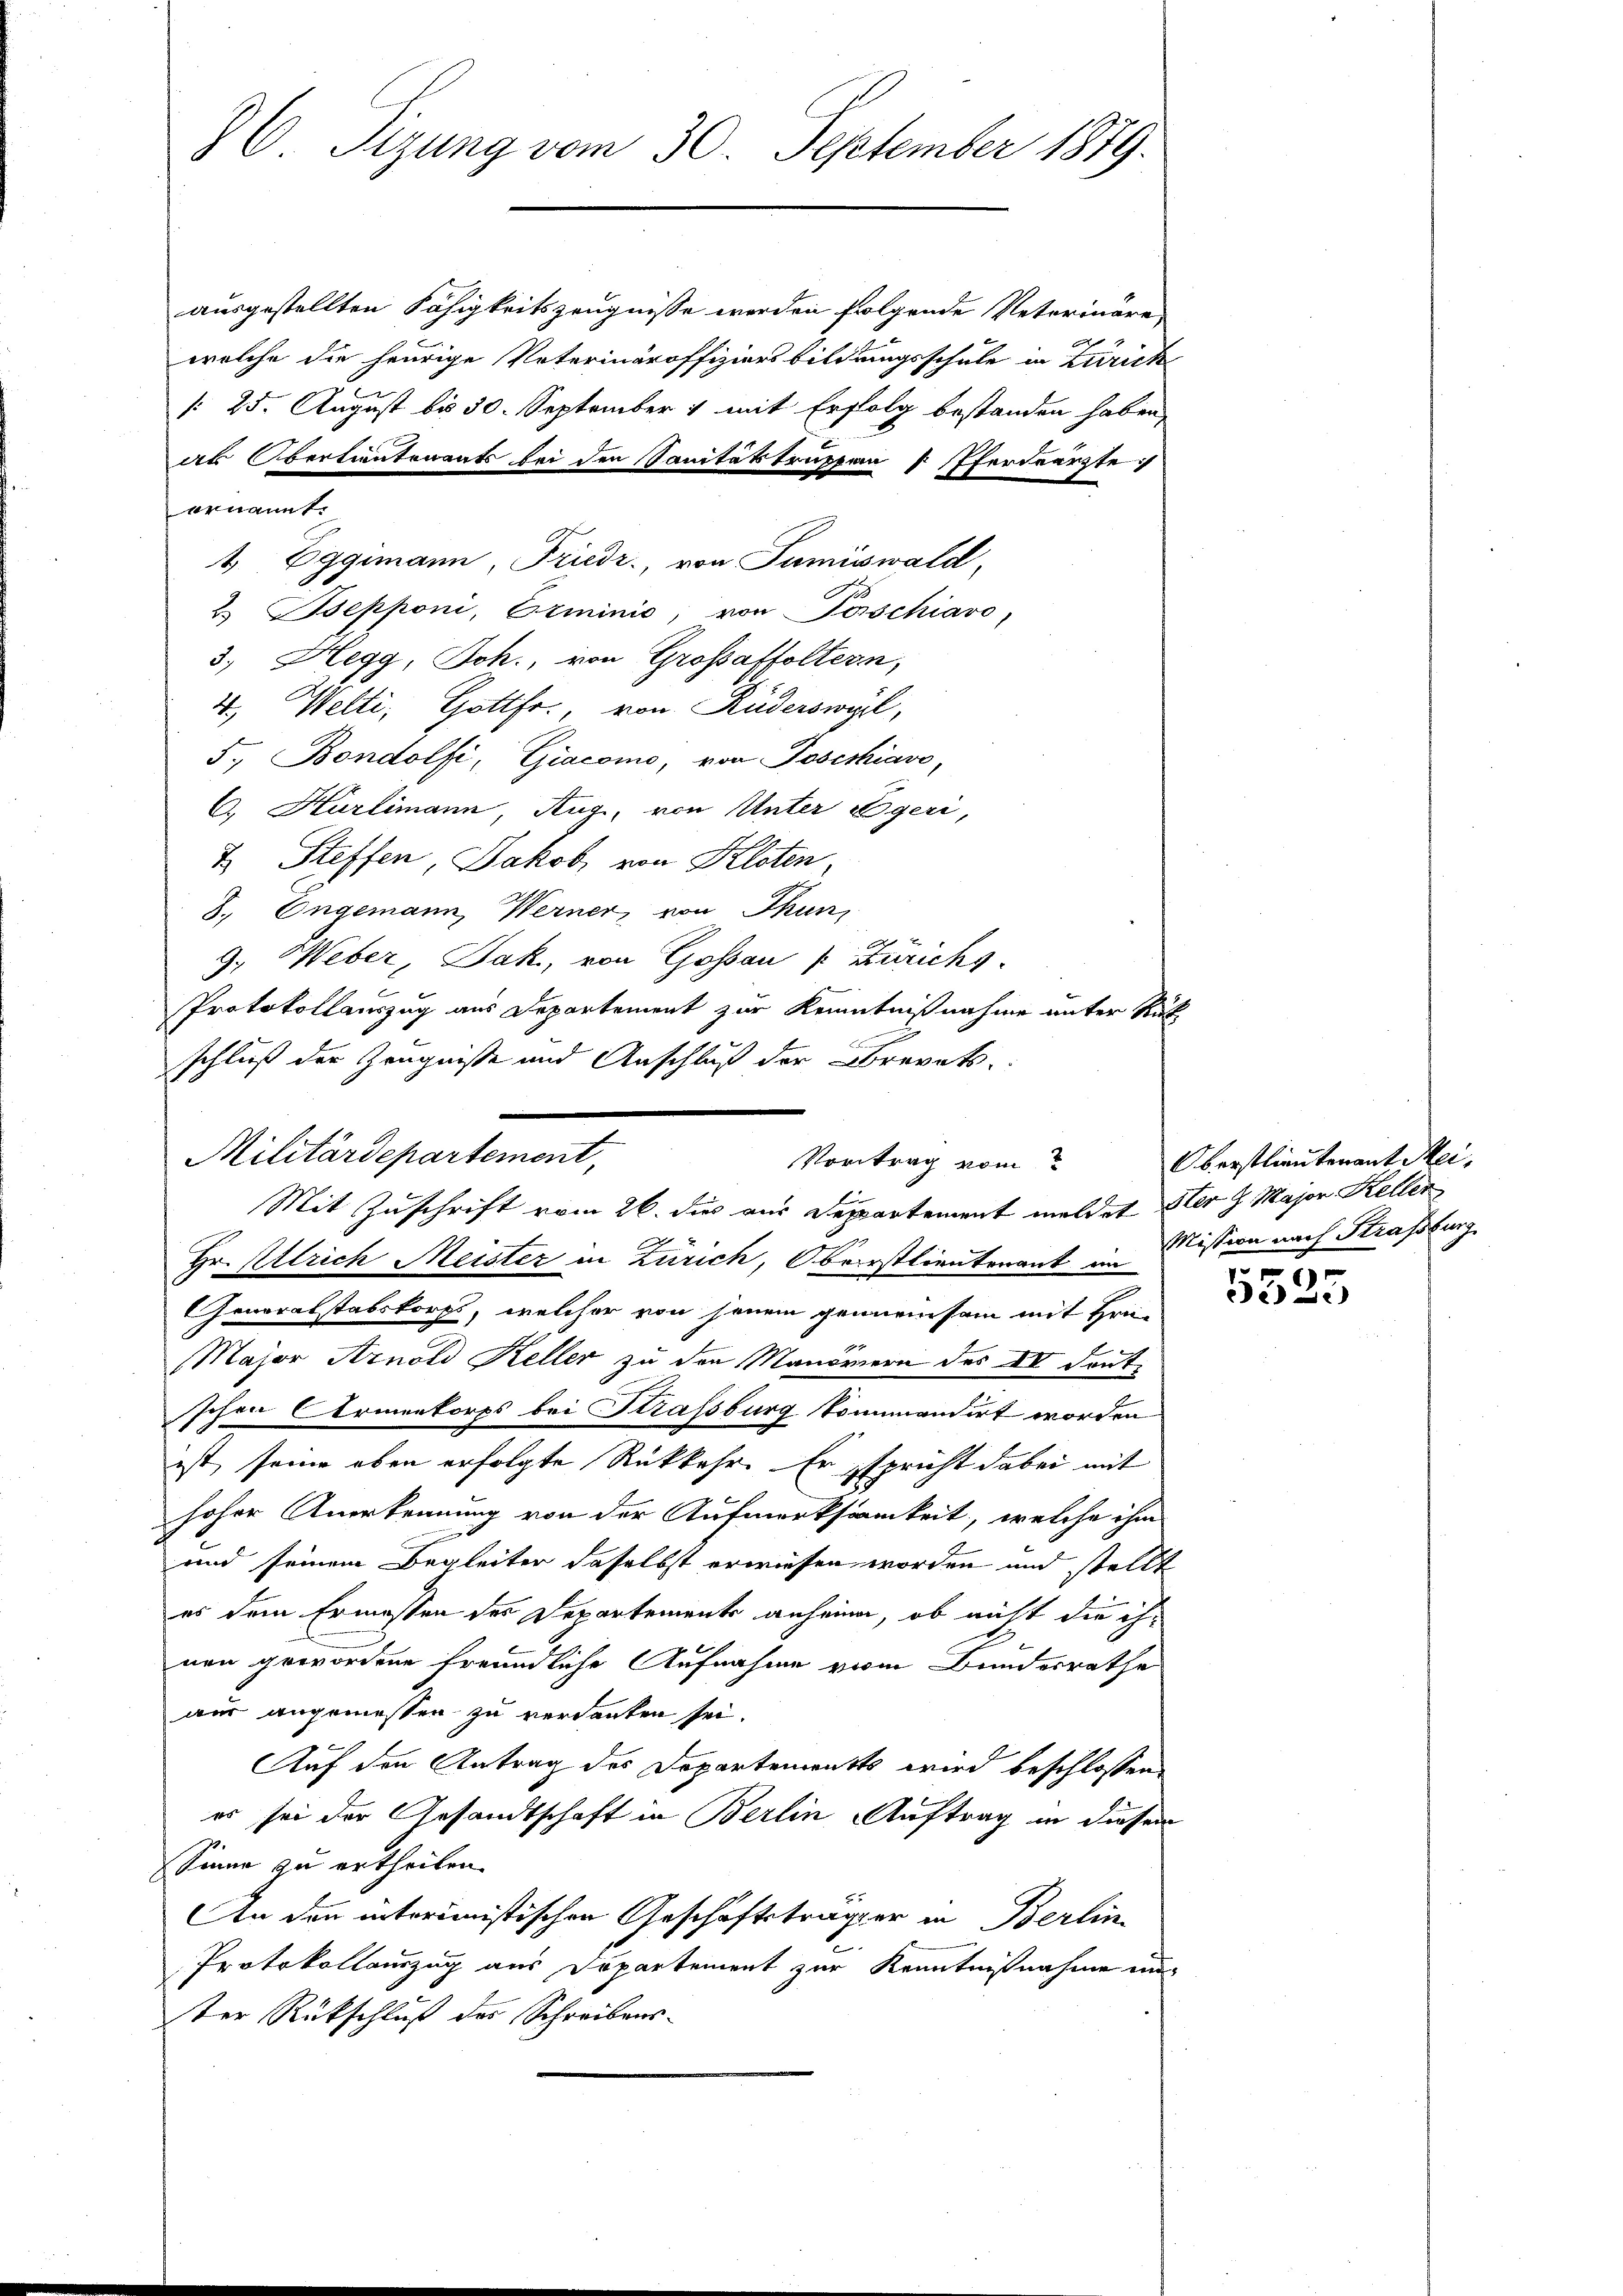
86. Sizung vom 30. September 1879.

ausgestellten Fähigkeitszeugnisse werden folgende Veterinäre,
welche die heurige Vaterinäroffiziers bildungsschule in Zürich
/ 25. August bis 30. September 1 mit Erfolg bestanden haben,
as Obertientenants bei den Sanitätstruppen 7 Pferdearzte
ernannt.
1 Eggimann, Friedr., von Tumiswald,
2.) Bsepponi, Erminio, von Perschiavo,
3. Hegg, Joh., von Großaffoltern,
4. Welti, Hottfr., von Rüderswyl,
5., Bondolfi, Giacomo, von Josephiavo,
C. Hürlimann, Aug., von Unter Egeri,
& Steffen, Jakob von Kloten
8., Engemann, Werner, von Thun,
Militärdepartement,
Hr. Allrich Meister in Zürich, Oberstlieutenant im
Generalstabskorps, welcher von jenem gemeinsam mit Hrn.
Major Arnold Keller zu den Manövern des IV deut
schen Armenkorps bei Straßburg kommandirt worden
ist, seine oben erfolgte Rückkehr. Er spricht dabei mit
hoher Anerkennung von der Aufmerksamkeit, welche ihm
und seinem Begleiter daselbst erwiesen worden und stellt
es dem Ermassen des Departements anheine, ob nicht die ihnen gewordene freundliche Aufnahme vom Bundesrathe
aus angemessen zu verdanken sei.
Auf den Antrag des Departements wird beschlossen
es sei der Gesandtschaft in Berlin Auftrag in diesem
Sinne zu ertheilen.
An den interimistischen Geschäftsträger in Berlin
Protokollauszug aus Departement zur Kenntnißnahme einter Rückschluß des Schreibens-

9. Weber, Jak., von Gossau [ Zurichs
Protokollauszug aus Departement zur Kenntnißnahme unter Rück
schluß der Zeugniße und Anschluß der Brevets
Vortrag vom
Mit Zuschrift vom 26. dies aus Departement meldet Ster H. Major Keller

Oberstlieutenant Mei¬
Mission nach Straßburg

5525